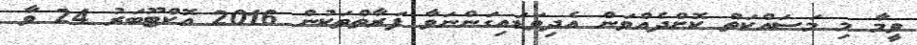
ވީމާ މި މަސައްކަތް ކޮށްދެއްވަން އެދިވަޑައިގަންނަވާ ފަރާތްތަކުން 2016 އޮކްޓޫބަރު 24 ވާ